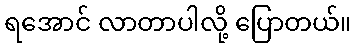
ရအောင် လာတာပါလို့ ပြောတယ်။